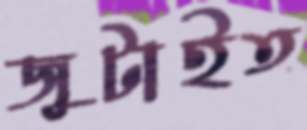
জুটাইত